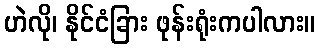
ဟဲလို၊ နိုင်ငံခြား ဖုန်းရုံးကပါလား။